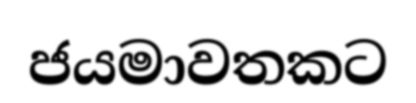
ජයමාවතකට